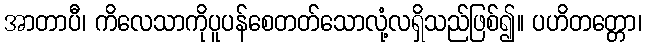
အာတာပီ၊ ကိလေသာကိုပူပန်စေတတ်သောလုံ့လရှိသည်ဖြစ်၍။ ပဟိတတ္တော၊